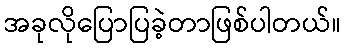
အခုလိုပြောပြခဲ့တာဖြစ်ပါတယ်။